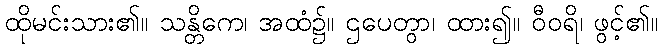
ထိုမင်းသား၏။ သန္တိကေ၊ အထံ၌။ ဌပေတွာ၊ ထား၍။ ဝီဝရိ၊ ဖွင့်၏။